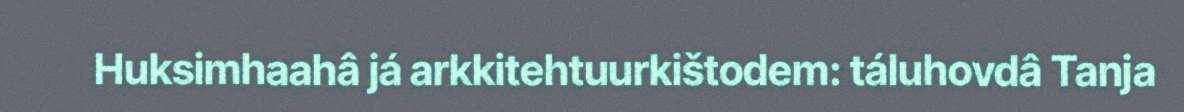
Huksimhaahâ já arkkitehtuurkištodem: táluhovdâ Tanja